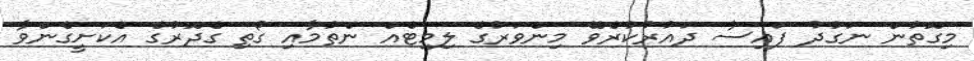
މިގޮތުން ނަގުދު ފައިސާ ދައުރުކުރެވޭ މިންވަރުގެ ލިމިޓެއް ނެތުމާއި ގޯތި ގެދޮރުގެ އެކަށީގެންވާ